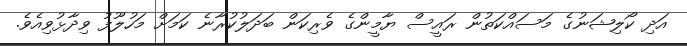
އަދި ކޯލިޝަނުގެ މަސައްކަތުން ރައީސް ޔާމީންގެ ވެރިކަން ބަދަލުކުރާނެ ކަމަށް މަހުލޫފު ވިދާޅުވިއެވެ.